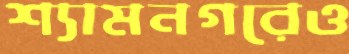
শ্যামনগরেও